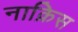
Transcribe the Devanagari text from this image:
नाक़िस